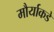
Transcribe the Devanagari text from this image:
मौर्याकडे